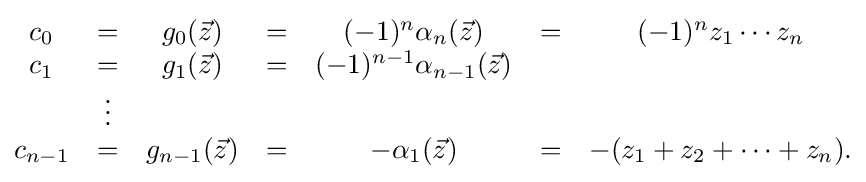
{\begin{matrix}c_{0}&=&g_{0}({\vec {z}})&=&(-1)^{n}\alpha _{n}({\vec {z}})&=&(-1)^{n}z_{1}\cdots z_{n}\\c_{1}&=&g_{1}({\vec {z}})&=&(-1)^{n-1}\alpha _{n-1}({\vec {z}})\\&\vdots &\\c_{n-1}&=&g_{n-1}({\vec {z}})&=&-\alpha _{1}({\vec {z}})&=&-(z_{1}+z_{2}+\cdots +z_{n}).\end{matrix}}